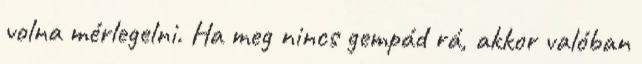
volna mérlegelni. Ha meg nincs gempád rá, akkor valóban